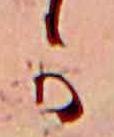
か